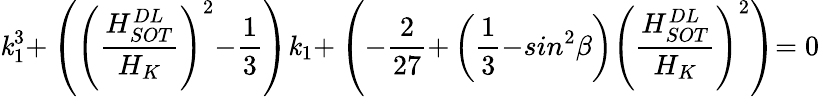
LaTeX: \mathit{k}_{\mathrm{{1}}}^{\mathrm{{3}}}\mathrm{{+}}\left({\left(\frac{{H_{SOT}^{DL}}}{{H_{K}}}\right)}^{\mathrm{{2}}}\mathrm{{-}}\frac{{\mathrm{{1}}}}{{\mathrm{{3}}}}\right)\mathit{k}_{\mathrm{{1}}}\mathrm{{+}}\left(\mathrm{{-}}\frac{{\mathrm{{2}}}}{{\mathrm{{27}}}}\mathrm{{+}}\left(\frac{{\mathrm{{1}}}}{{\mathrm{{3}}}}\mathrm{{-}}sin^{\mathrm{{2}}}\beta\right){\left(\frac{{H_{SOT}^{DL}}}{{H_{K}}}\right)}^{\mathrm{{2}}}\right)\mathrm{{=0}}